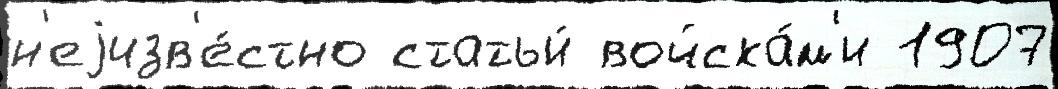
н'еjизв'е́стно статьи́ войска́м'и 1907